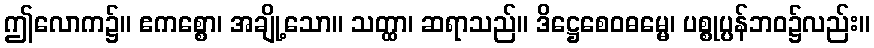
ဤလောက၌။ ဧကစ္စော၊ အချို့သော။ သတ္ထာ၊ ဆရာသည်။ ဒိဋ္ဌေစေဝဓမ္မေ၊ ပစ္စုပ္ပန်ဘဝ၌လည်း။